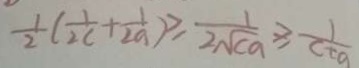
\frac { 1 } { 2 } ( \frac { 1 } { 2 c } + \frac { 1 } { 2 a } \geq \frac { 1 } { 2 a } \geq \frac { 1 } { 2 \sqrt { c a } } \geq \frac { 1 } { c t a }